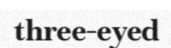
three-eyed